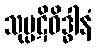
သုပ္ပဋိဝိဒ္ဓါနံ